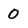
Character: 0